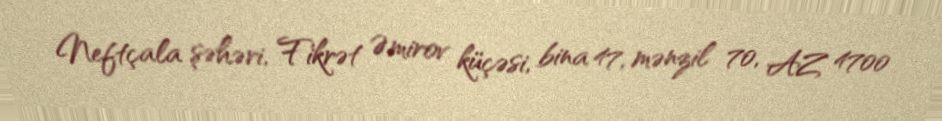
Neftçala şəhəri, Fikrət Əmirov küçəsi, bina 47, mənzil 70, AZ 4700